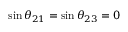
\sin \theta _ { 2 1 } = \sin \theta _ { 2 3 } = 0